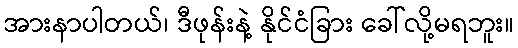
အားနာပါတယ်၊ ဒီဖုန်းနဲ့ နိုင်ငံခြား ခေါ်လို့မရဘူး။